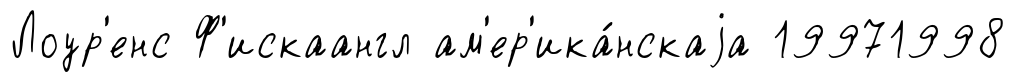
Лоур'енс Ф'искаангл ам'ер'ика́нскаjа 19971998